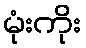
မုံးကိုး